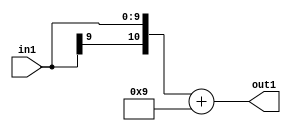
`timescale 1ps / 1ps
/*****************************************************************************
    Verilog RTL Description
    
    
    Created by: Stratus DpOpt 2019.1.01 
*******************************************************************************/

module cache_Add2i9s10_4 (
	in1,
	out1
	); /* architecture "behavioural" */ 
input [9:0] in1;
output [10:0] out1;
wire [10:0] asc001;

assign asc001 = 
	+({in1[9], in1})
	+(11'B00000001001);

assign out1 = asc001;
endmodule

/* CADENCE  urn2Qws= : u9/ySgnWtBlWxVPRXgAZ4Og= ** DO NOT EDIT THIS LINE ******/